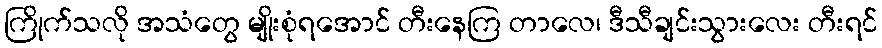
ကြိုက်သလို အသံတွေ မျိုးစုံရအောင် တီးနေကြ တာလေ၊ ဒီသီချင်းသွားလေး တီးရင်